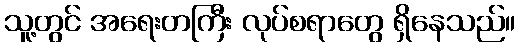
သူ့တွင် အရေးတကြီး လုပ်စရာတွေ ရှိနေသည်။